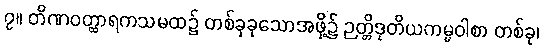
၇။ တိဏဝတ္ထာရကသမထ၌ တစ်ခုခုသောအဖို့၌ ဉတ္တိဒုတိယကမ္မဝါစာ တစ်ခု၊